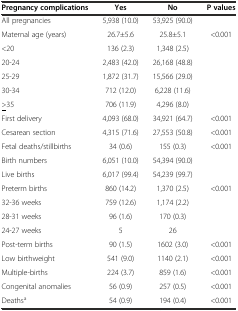
<table><thead><tr><td><b>Pregnancy complications</b></td><td><b>Yes</b></td><td><b>No</b></td><td><b>P values</b></td></tr></thead><tbody><tr><td>All pregnancies</td><td>5,938 (10.0)</td><td>53,925 (90.0)</td><td></td></tr><tr><td>Maternal age (years)</td><td>26.7±5.6</td><td>25.8±5.1</td><td>&lt;0.001</td></tr><tr><td>&lt;20</td><td>136 (2.3)</td><td>1,348 (2.5)</td><td></td></tr><tr><td>20-24</td><td>2,483 (42.0)</td><td>26,168 (48.8)</td><td></td></tr><tr><td>25-29</td><td>1,872 (31.7)</td><td>15,566 (29.0)</td><td></td></tr><tr><td>30-34</td><td>712 (12.0)</td><td>6,228 (11.6)</td><td></td></tr><tr><td><underline>&gt;</underline>35</td><td>706 (11.9)</td><td>4,296 (8.0)</td><td></td></tr><tr><td>First delivery</td><td>4,093 (68.0)</td><td>34,921 (64.7)</td><td>&lt;0.001</td></tr><tr><td>Cesarean section</td><td>4,315 (71.6)</td><td>27,553 (50.8)</td><td>&lt;0.001</td></tr><tr><td>Fetal deaths/stillbirths</td><td>34 (0.6)</td><td>155 (0.3)</td><td>&lt;0.001</td></tr><tr><td>Birth numbers</td><td>6,051 (10.0)</td><td>54,394 (90.0)</td><td></td></tr><tr><td>Live births</td><td>6,017 (99.4)</td><td>54,239 (99.7)</td><td></td></tr><tr><td>Preterm births</td><td>860 (14.2)</td><td>1,370 (2.5)</td><td>&lt;0.001</td></tr><tr><td>32-36 weeks</td><td>759 (12.6)</td><td>1,174 (2.2)</td><td></td></tr><tr><td>28-31 weeks</td><td>96 (1.6)</td><td>170 (0.3)</td><td></td></tr><tr><td>24-27 weeks</td><td>5</td><td>26</td><td></td></tr><tr><td>Post-term births</td><td>90 (1.5)</td><td>1602 (3.0)</td><td>&lt;0.001</td></tr><tr><td>Low birthweight</td><td>541 (9.0)</td><td>1140 (2.1)</td><td>&lt;0.001</td></tr><tr><td>Multiple-births</td><td>224 (3.7)</td><td>859 (1.6)</td><td>&lt;0.001</td></tr><tr><td>Congenital anomalies</td><td>56 (0.9)</td><td>257 (0.5)</td><td>&lt;0.001</td></tr><tr><td>Deaths<sup>a</sup></td><td>54 (0.9)</td><td>194 (0.4)</td><td>&lt;0.001</td></tr></tbody></table>